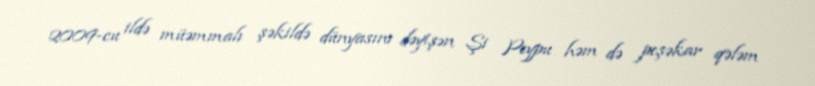
2009-cu ildə müəmmalı şəkildə dünyasını dəyişən Şi Peypu həm də peşəkar qələm